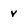
Character: v